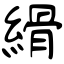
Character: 縎